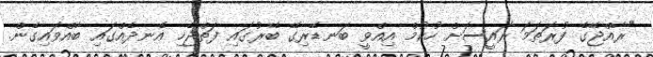
"ރާއްޖޭގެ ފުރަތަމަ ރައީސަށް ހުކުމް އިއްވީ ބަނޑޭރިގޭ ބޭރުގައި ފަތްޖެހި އެނދެއްގައި ބާއްވައިގެން.